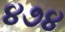
૪૭૪